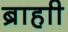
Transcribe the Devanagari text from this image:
ब्राहाी